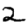
Digit: 2